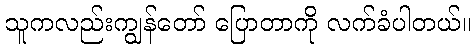
သူကလည်းကျွန်တော် ပြောတာကို လက်ခံပါတယ်။